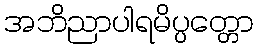
အဘိညာပါရမိပ္ပတ္တော